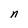
Character: n